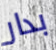
بدار